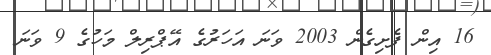
16 އިން ފެށިގެން 2003 ވަނަ އަހަރުގެ އޭޕްރިލް މަހުގެ 9 ވަނަ